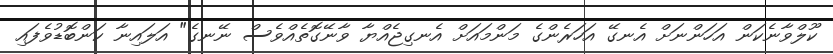
ކޫލްވާނެކަން އަހަންނަށް އެނގޭ އަހަރެންގެ މަންމައަށް އެނގިޖެއްޔާ ވާނޭގޮތެއްވެސް ނޭނގެ" އަލައިނާ ކަންބޮޑުވެފައި